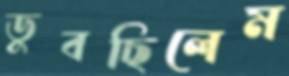
ডুবছিলেম